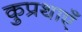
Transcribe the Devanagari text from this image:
कुप्रथाएँ